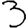
Digit: 3